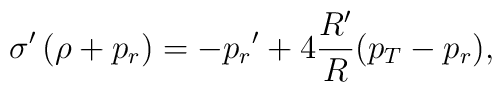
\sigma'\left(\rho+{p_r}\right)=-{p_r}'+4{{R'}\over{R}}({p_T}-{p_r}),